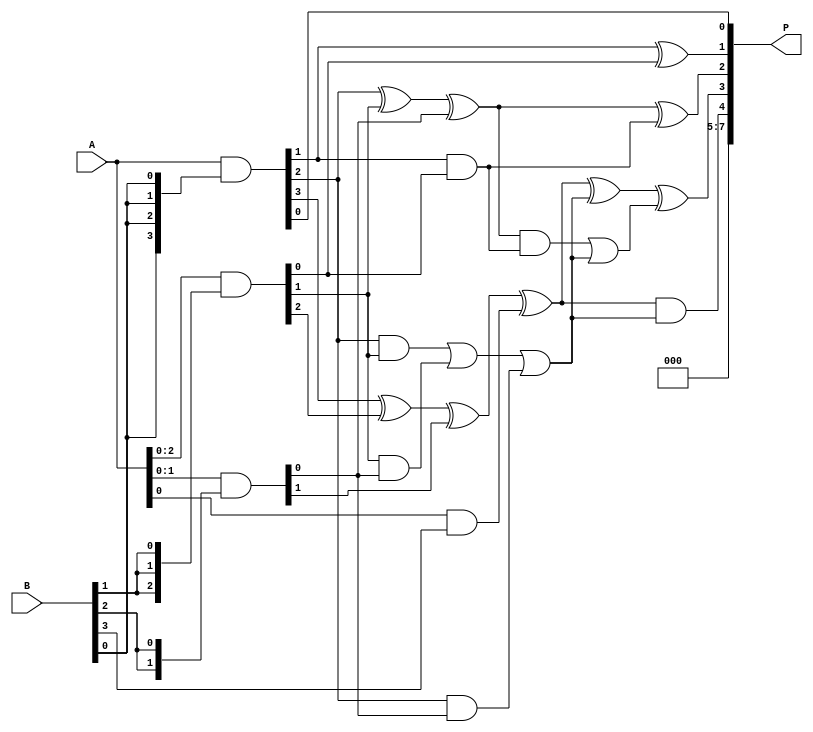
module wallace_tree_multiplier (
    input [3:0] A, // 4-bit input A
    input [3:0] B, // 4-bit input B
    output [7:0] P // 8-bit output product
);

    // Partial product generation
    wire [3:0] pp[3:0]; // Partial products
    assign pp[0] = A & {4{B[0]}};
    assign pp[1] = A & {4{B[1]}};
    assign pp[2] = A & {4{B[2]}};
    assign pp[3] = A & {4{B[3]}};

    // Stage 1: Half Adders and Full Adders
    wire [3:0] sum1, carry1;
    wire [3:0] sum2, carry2;

    // Half Adders
    assign sum1[0] = pp[0][0];
    assign carry1[0] = 0; // No carry for the first half adder

    assign sum1[1] = pp[0][1] ^ pp[1][0];
    assign carry1[1] = pp[0][1] & pp[1][0];

    assign sum1[2] = pp[0][2] ^ pp[1][1] ^ pp[2][0];
    assign carry1[2] = (pp[0][2] & pp[1][1]) | (pp[1][1] & pp[2][0]) | (pp[0][2] & pp[2][0]);

    assign sum1[3] = pp[0][3] ^ pp[1][2] ^ pp[2][1] ^ pp[3][0];
    assign carry1[3] = (pp[0][3] & pp[1][2]) | (pp[1][2] & pp[2][1]) | (pp[0][3] & pp[2][1]) | (pp[0][3] & pp[3][0]);

    // Stage 2: Combine results from Stage 1
    wire [3:0] sum_final;
    wire [3:0] carry_final;

    assign sum_final[0] = sum1[0];
    assign carry_final[0] = 0; // No carry for the first half adder

    assign sum_final[1] = sum1[1] ^ carry1[0];
    assign carry_final[1] = sum1[1] & carry1[0];

    assign sum_final[2] = sum1[2] ^ carry1[1];
    assign carry_final[2] = sum1[2] & carry1[1] | carry1[2];

    assign sum_final[3] = sum1[3] ^ carry1[2] ^ carry_final[1];
    assign carry_final[3] = (sum1[3] & carry1[2]) | (carry1[1] & carry_final[1]);

    // Final addition
    wire [7:0] final_sum;
    wire [7:0] final_carry;

    assign final_sum[0] = sum_final[0];
    assign final_carry[0] = 0; // No carry for the first half adder

    assign final_sum[1] = sum_final[1] ^ carry_final[0];
    assign final_carry[1] = sum_final[1] & carry_final[0];

    assign final_sum[2] = sum_final[2] ^ carry_final[1];
    assign final_carry[2] = sum_final[2] & carry_final[1];

    assign final_sum[3] = sum_final[3] ^ carry_final[2];
    assign final_carry[3] = sum_final[3] & carry_final[2];

    assign final_sum[4] = carry_final[3];
    assign final_sum[5] = 0; // Unused bits
    assign final_sum[6] = 0; // Unused bits
    assign final_sum[7] = 0; // Unused bits

    // Final product output
    assign P = final_sum;

endmodule